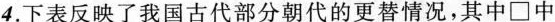
4.下表反映了我国古代部分朝代的更替情况，其中□中